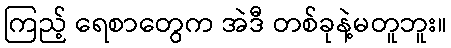
ကြည့် ရေစာတွေက အဲဒီ တစ်ခုနဲ့မတူဘူး။